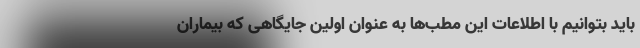
باید بتوانیم با اطلاعات این مطب‌‌ها به عنوان اولین جایگاهی که بیماران